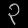
Digit: ၃